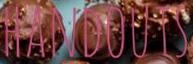
handouts